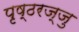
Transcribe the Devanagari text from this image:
पृष्ठरज्जु